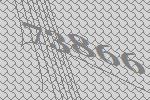
73866